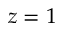
z = 1